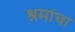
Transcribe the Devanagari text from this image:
श्रमांचा